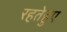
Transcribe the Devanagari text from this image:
रहतेहुए